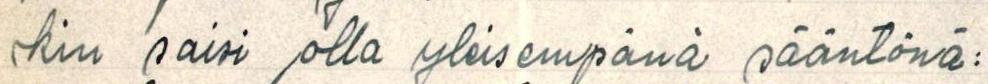
kin saisi olla yleisempänä sääntönä: